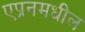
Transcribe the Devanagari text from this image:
एप्रनमधील